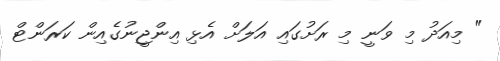
" މިއަދު މި ވަނީ މި ރަށުގައި އަލަށް އެޅި އިންޖީނުގެއިން ކަރަންޓް